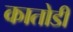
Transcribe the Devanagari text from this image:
कातोडी